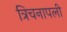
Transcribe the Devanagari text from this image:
त्रिचनापली